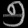
Digit: ၅